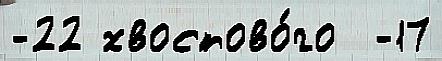
-22 хвостово́го  -17